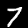
Label: 7